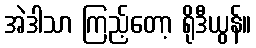
အဲဒါသာ ကြည့်တော့ ရိုဒီယွန်။